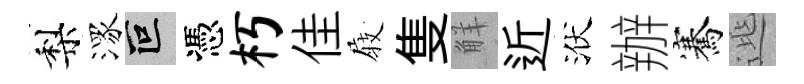
梨潈叵憑朽佳𡲆隻觧近洑辦騫𨓱